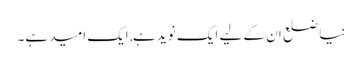
نیا ضلع ان کے لیے ایک نوید ہے, ایک امید ہے۔